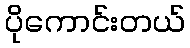
ပိုကောင်းတယ်